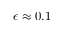
\epsilon \approx 0 . 1